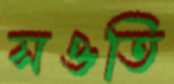
সওতি